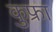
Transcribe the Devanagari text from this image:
कुफ्रा